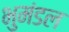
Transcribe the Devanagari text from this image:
भुमंडल